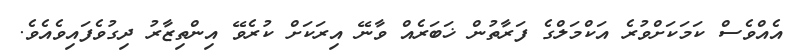
އެއްވެސް ކަމަކަށްވުރެ އަކްމަލްގެ ފަރާތުން ޚަބަރެއް ވާނޭ އިރަކަށް ކުރެވޭ އިންތިޒާރު ދިގުވެފައިވެއެވެ.